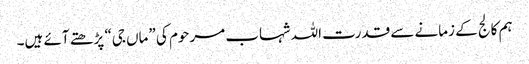
ہم کالج کے زمانے سے قدرت اللہ شہاب مرحوم کی ”ماں جی“ پڑھتے آئے ہیں۔